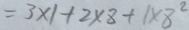
= 3 \times 1 + 2 \times 8 + 1 \times 8 ^ { 2 }